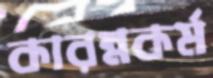
কারম্নকর্ম